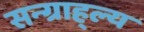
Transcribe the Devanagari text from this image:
सन्ग्राह्ल्य